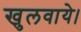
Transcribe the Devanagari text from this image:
खुलवाये।